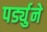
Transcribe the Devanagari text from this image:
पर्ड्युने